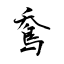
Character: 鴌